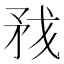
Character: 𰦏